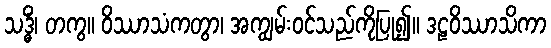
သဒ္ဓိံ၊ တကွ။ ဝိဿာသံကတွာ၊ အကျွမ်းဝင်သည်ကိုပြု၍။ ဒဠဝိဿာသိကာ